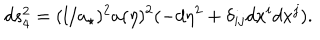
d s _ { 4 } ^ { 2 } = ( l / a _ { \star } ) ^ { 2 } a ( \eta ) ^ { 2 } ( - d \eta ^ { 2 } + \delta _ { i j } d x ^ { i } d x ^ { j } ) .